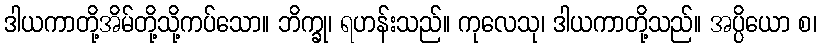
ဒါယကာတို့အိမ်တို့သို့ကပ်သော။ ဘိက္ခု၊ ရဟန်းသည်။ ကုလေသု၊ ဒါယကာတို့သည်။ အပ္ပိယော စ၊